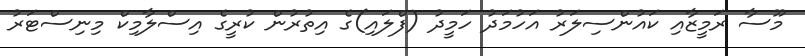
މޫސާ ރަމީޒާއި ކައުންސިލަރު އަހުމަދު ހަމީދު (ފްލައި)ގެ އިތުރުން ކުރީގެ އިސްލާމިކް މިނިސްޓަރު